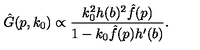
\hat { G } ( p , k _ { 0 } ) \propto { \frac { k _ { 0 } ^ { 2 } h ( b ) ^ { 2 } \hat { f } ( p ) } { 1 - k _ { 0 } \hat { f } ( p ) h ^ { \prime } ( b ) } } .